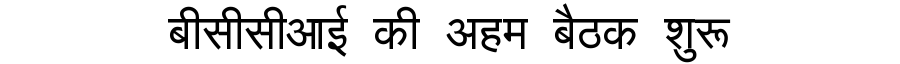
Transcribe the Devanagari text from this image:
बीसीसीआई की अहम बैठक शुरू